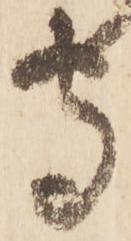
守